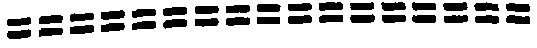
=================